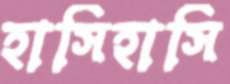
হাসিহাসি